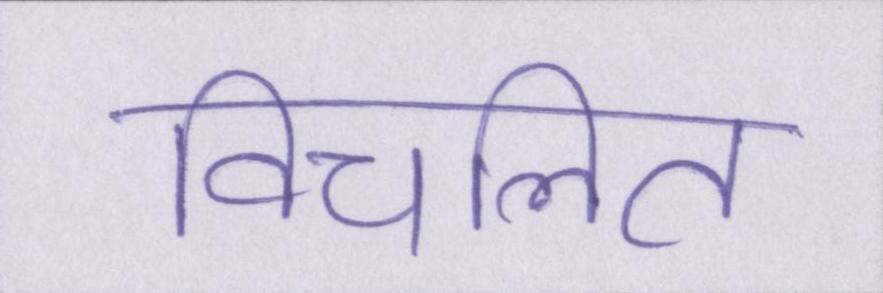
विचलित